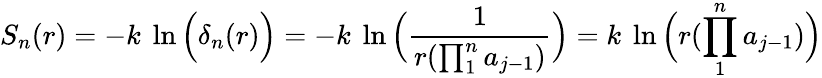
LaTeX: S_{n}(r)=-k\ \ln\Big(\delta_{n}(r)\Big)=-k\ \ln\Big({\frac{1}{r(\prod_{1}^{n}a_{j-1})}}\Big)=k\ \ln\Big({r(\prod_{1}^{n}a_{j-1})}\Big)